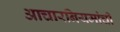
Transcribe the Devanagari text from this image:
आचारनियमांची